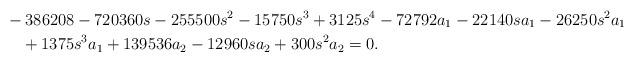
LaTeX: \begin{align*}&-386208-720360s-255500s^2-15750s^3+3125s^4-72792a_1-22140sa_1-26250s^2a_1\\&\quad+1375s^3a_1+139536a_2-12960sa_2+300s^2a_2=0.\end{align*}